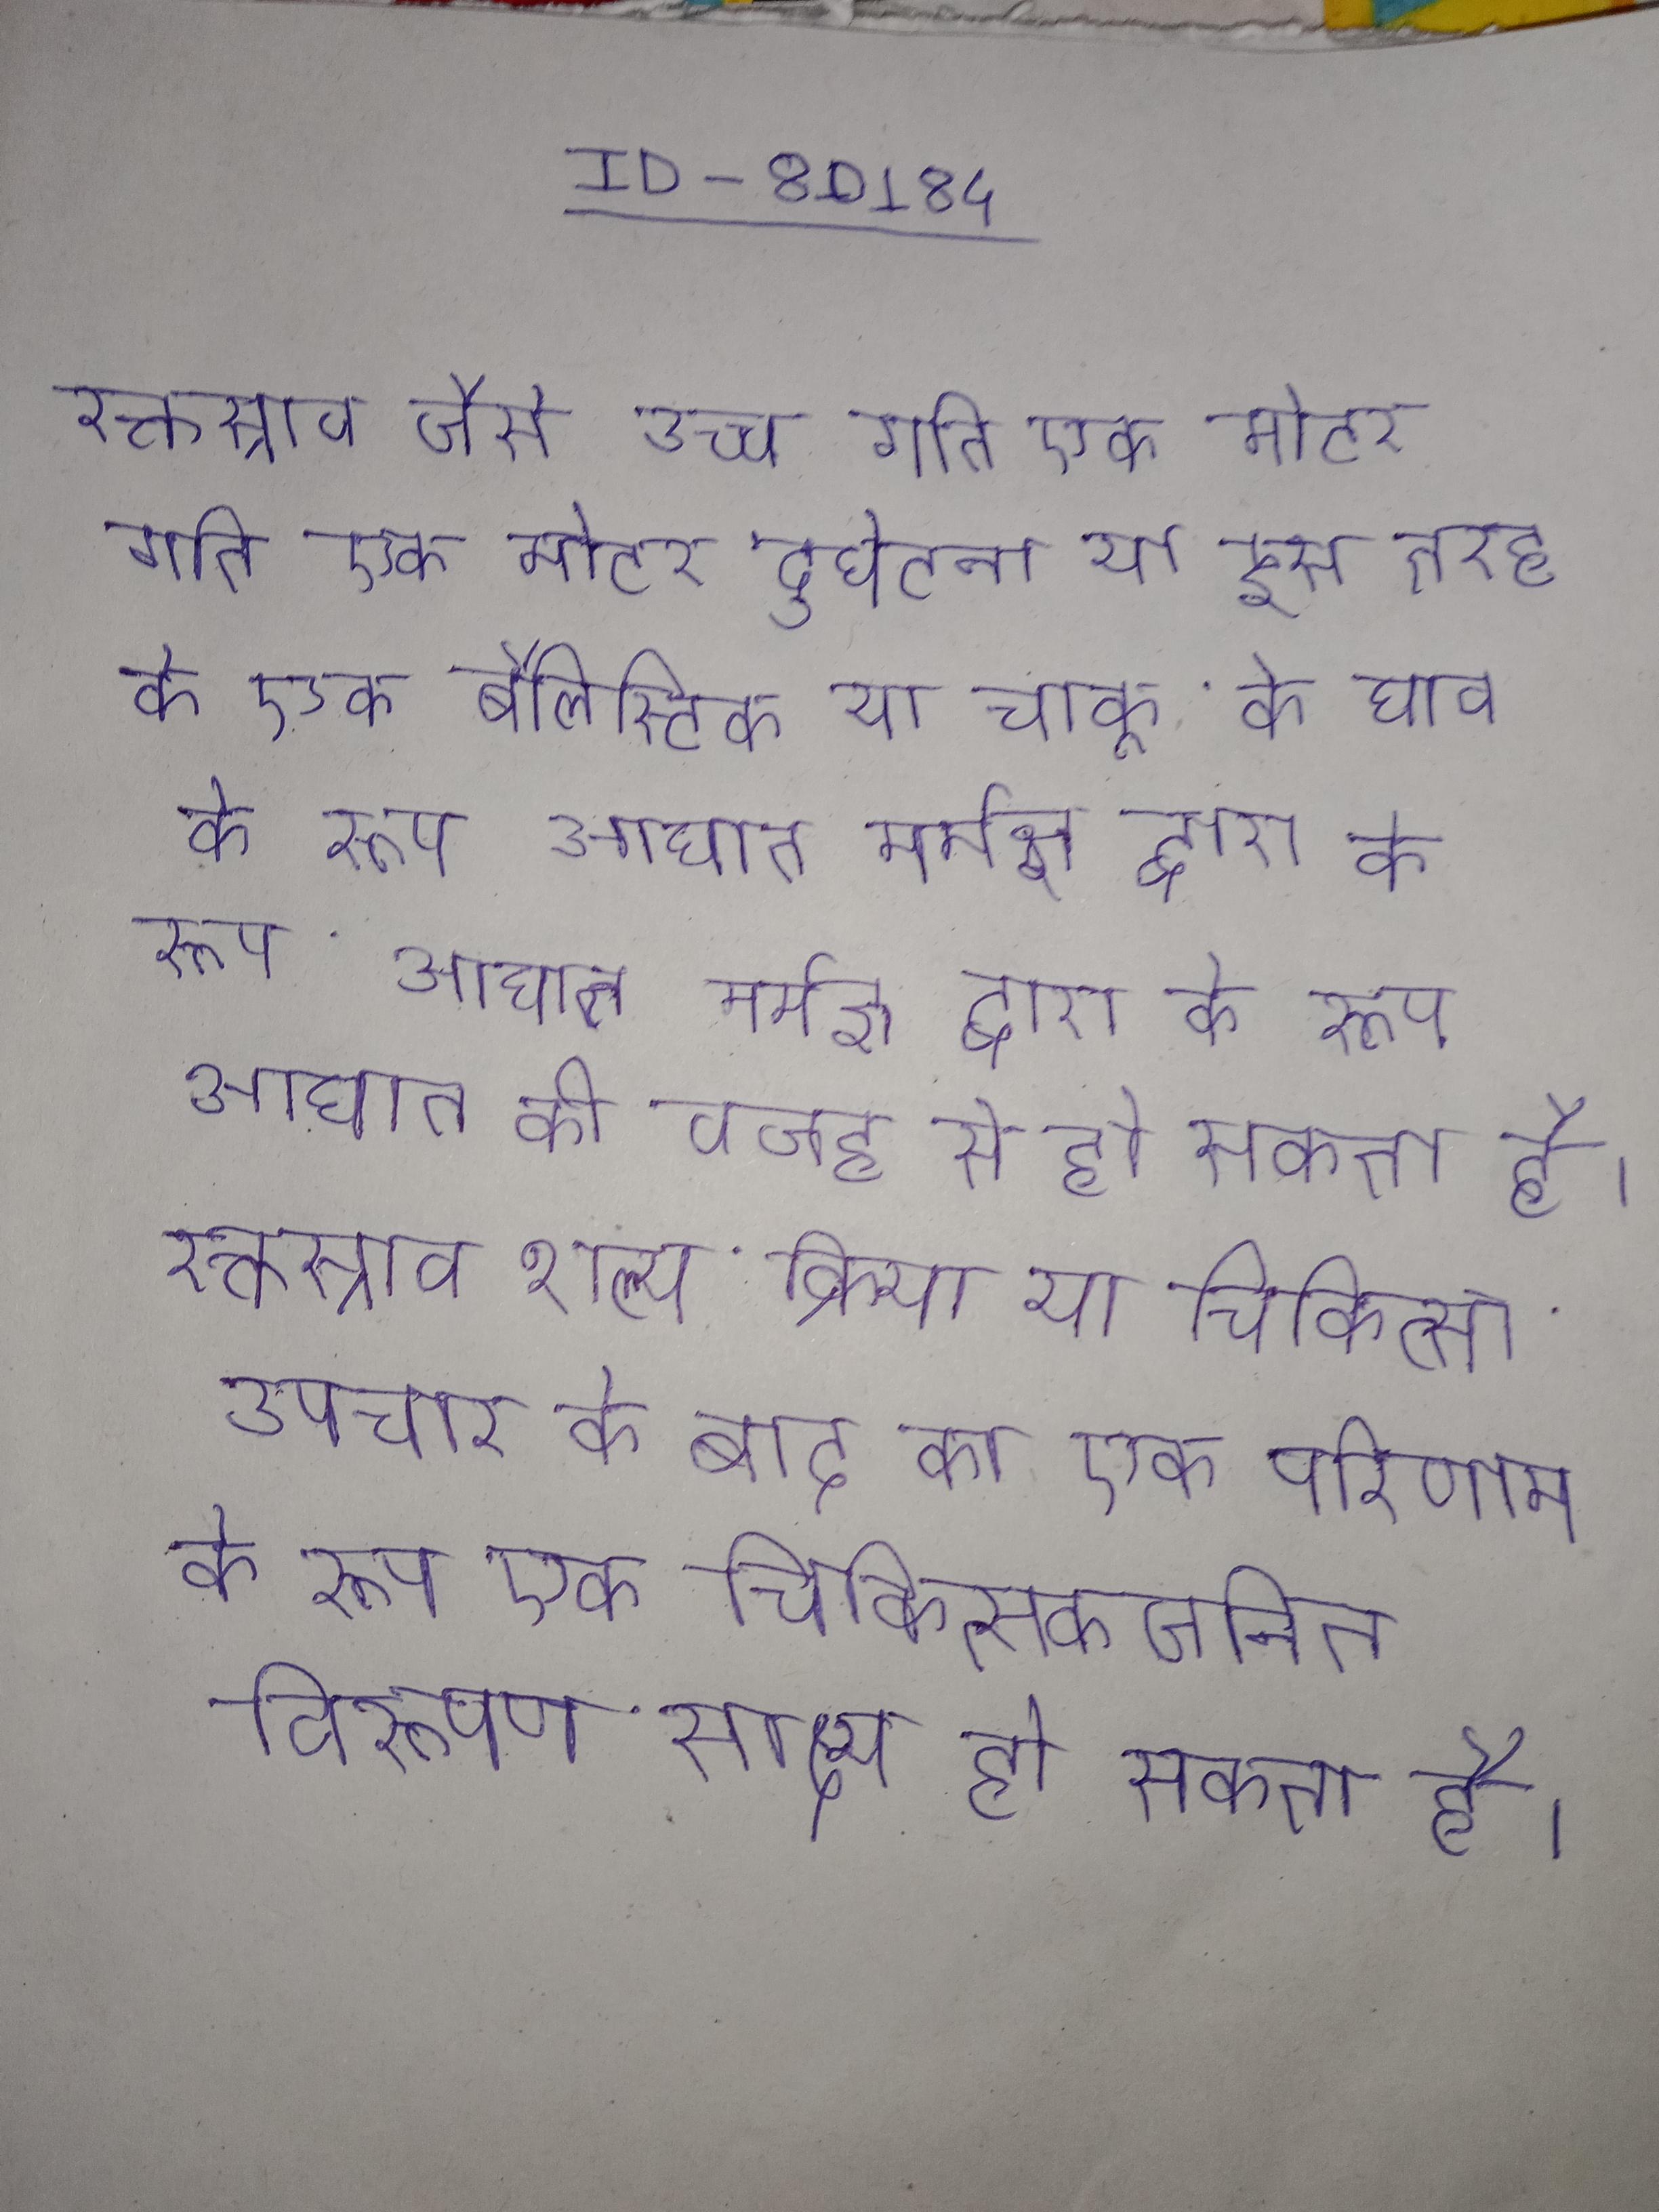
रक्तस्राव जैसे उच्च गति एक मोटर दुर्घटना या इस तरह के एक बैलिस्टिक या चाकू के घाव के रूप आघात मर्मज्ञ द्वारा के रूप आघात की वजह से हो सकता है । रक्तस्राव शल्य क्रिया या चिकित्सा उपचार के बाद का एक परिणाम के रूप एक चिकित्सकजनित विरूपण साक्ष्य हो सकता है ।